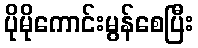
ပိုမိုကောင်းမွန်စေပြီး